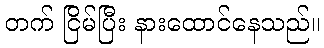
တက် ငြိမ်ပြီး နားထောင်နေသည်။